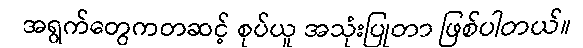
အရွက်တွေကတဆင့် စုပ်ယူ အသုံးပြုတာ ဖြစ်ပါတယ်။